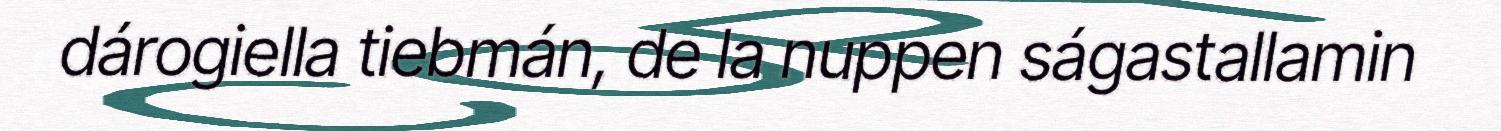
dárogiella tiebmán, de la nuppen ságastallamin